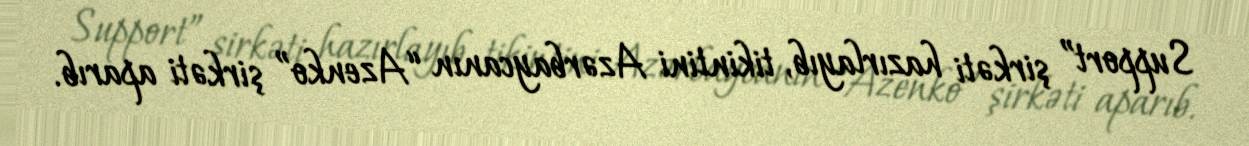
Support” şirkəti hazırlayıb, tikintini Azərbaycanın “Azenko” şirkəti aparıb.